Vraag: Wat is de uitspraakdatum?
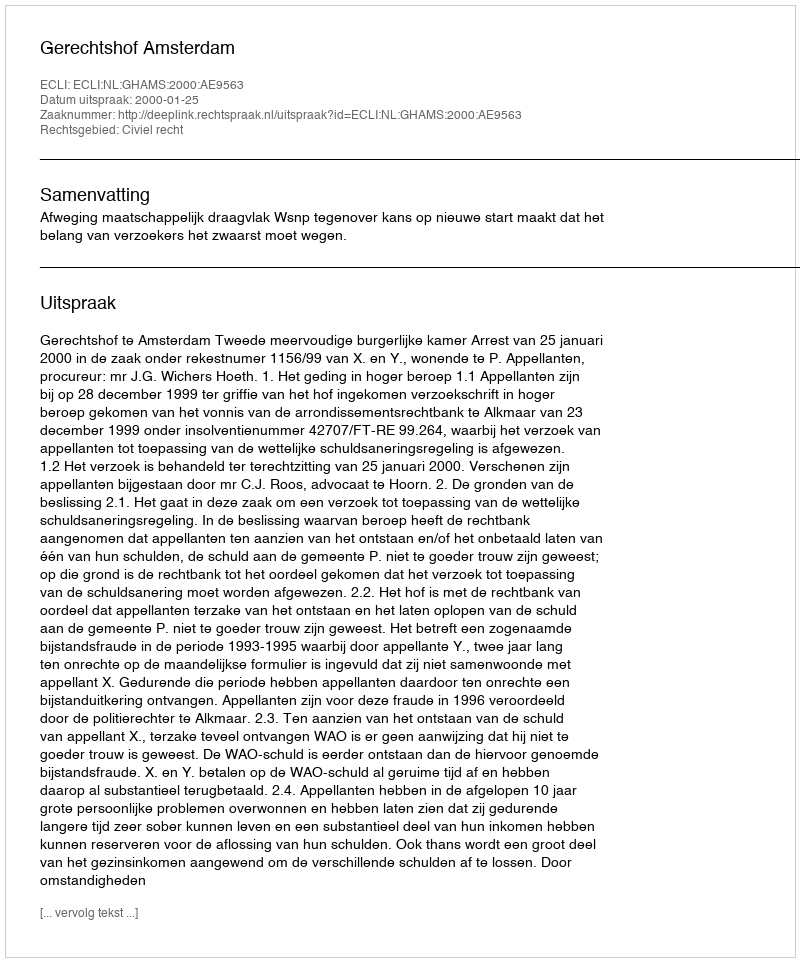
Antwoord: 2000-01-25